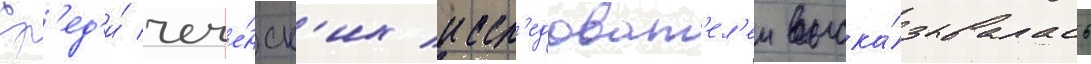
Ср'ед'и́ чече́нск'их иссл'едоват'ел'еи выска́зывалась